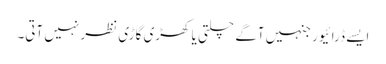
ایسے ڈرائیور جنہیں آگے چلتی یا کھڑی گاڑی نظر نہیں آتی۔